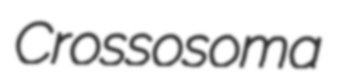
Crossosoma